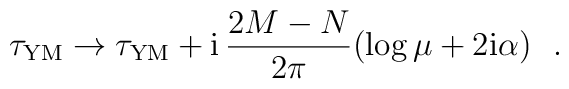
\tau_{\rm YM} \rightarrow \tau_{\rm YM} + {\rm i} \,\frac{2M-N}{2\pi}(\log\mu+2{\rm i}\alpha)~~.